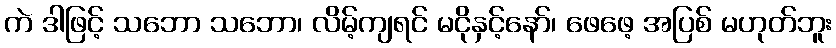
ကဲ ဒါဖြင့် သဘော သဘော၊ လိမ့်ကျရင် မငိုနှင့်နော်၊ ဖေဖေ့ အပြစ် မဟုတ်ဘူး